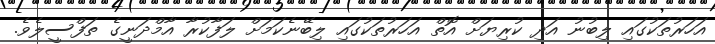
އަހަރުތަކުގައި ލިބުނު އަދި ކުރިޔަށް އޮތް އަހަރުތަކުގައި ލިބޭނެކަމަށް ލަފާކުރާ އާމްދަނީގެ ތަފްސީލެވެ.